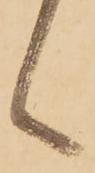
言